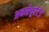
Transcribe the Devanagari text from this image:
अनसेचुरेटेड